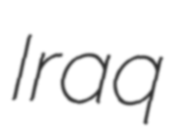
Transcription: Iraq